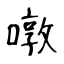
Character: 噋